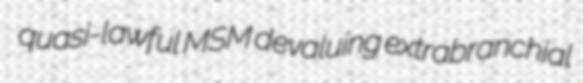
quasi-lawful MSM devaluing extrabranchial